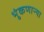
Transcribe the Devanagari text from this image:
भुंकणाऱ्या